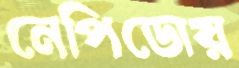
নেপিডোয়